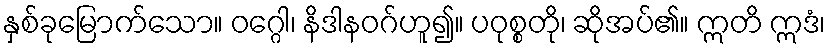
နှစ်ခုမြောက်သော။ ဝဂ္ဂေါ၊ နိဒါနဝဂ်ဟူ၍။ ပဝုစ္စတို၊ ဆိုအပ်၏။ ဣတိ ဣဒံ၊